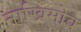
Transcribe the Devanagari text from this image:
नाखिमोव